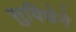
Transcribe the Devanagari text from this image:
सुविधेने